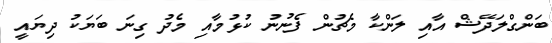
ބަންގްލަދޭޝް އާއި ލަންކާ މެޗުން ފެނުނު ކުޅުމާއި މެދު ގިނަ ބަޔަކު ދިޔައީ